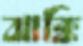
ঝাক্কি